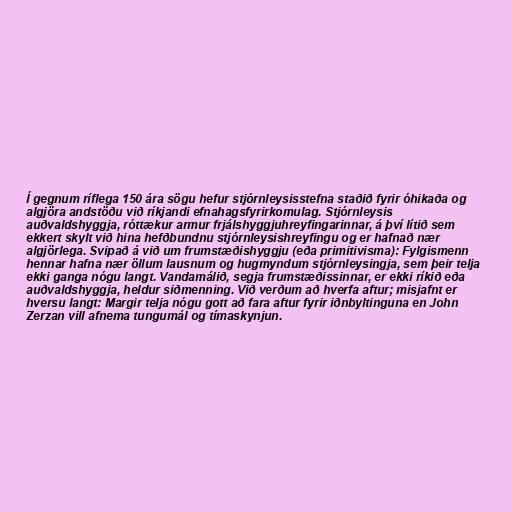
Í gegnum ríflega 150 ára sögu hefur stjórnleysisstefna staðið fyrir óhikaða og
algjöra andstöðu við ríkjandi efnahagsfyrirkomulag. Stjórnleysis
auðvaldshyggja, róttækur armur frjálshyggjuhreyfingarinnar, á því lítið sem
ekkert skylt við hina hefðbundnu stjórnleysishreyfingu og er hafnað nær
algjörlega. Svipað á við um frumstæðishyggju (eða primitivisma): Fylgismenn
hennar hafna nær öllum lausnum og hugmyndum stjórnleysingja, sem þeir telja
ekki ganga nógu langt. Vandamálið, segja frumstæðissinnar, er ekki ríkið eða
auðvaldshyggja, heldur siðmenning. Við verðum að hverfa aftur; misjafnt er
hversu langt: Margir telja nógu gott að fara aftur fyrir iðnbyltinguna en John
Zerzan vill afnema tungumál og tímaskynjun.